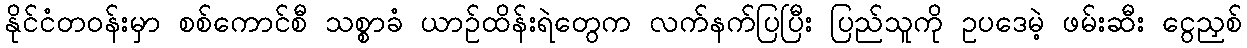
နိုင်ငံတဝန်းမှာ စစ်ကောင်စီ သစ္စာခံ ယာဉ်ထိန်းရဲတွေက လက်နက်ပြပြီး ပြည်သူကို ဥပဒေမဲ့ ဖမ်းဆီး ငွေညှစ်